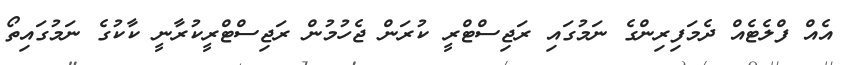
އެއް ފްލެޓެއް ދެމަފިރިންގެ ނަމުގައި ރަޖިސްޓްރީ ކުރަން ޖެހުމުން ރަޖިސްޓްރީކުރާނީ ކާކުގެ ނަމުގައިތޯ